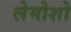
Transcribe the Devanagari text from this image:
लेमोशो